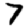
Digit: 7